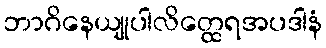
ဘာဂိနေယျုပါလိတ္ထေရအပဒါနံ